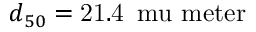
d _ { 5 0 } = \ensuremath { \mathrm { 2 1 . 4 } } \ensuremath { \, } \ensuremath { \mathrm { \ m u \ m e t e r } }